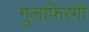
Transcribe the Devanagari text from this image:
गुलफिरंगी